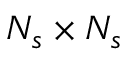
N _ { s } \times N _ { s }